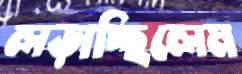
লড়াচ্ছিলেম